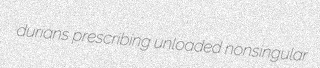
durians prescribing unloaded nonsingular